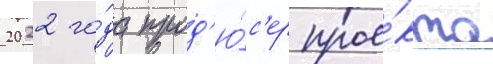
2022 го́да прод'ю́с'ер прое́кта